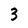
Character: 3